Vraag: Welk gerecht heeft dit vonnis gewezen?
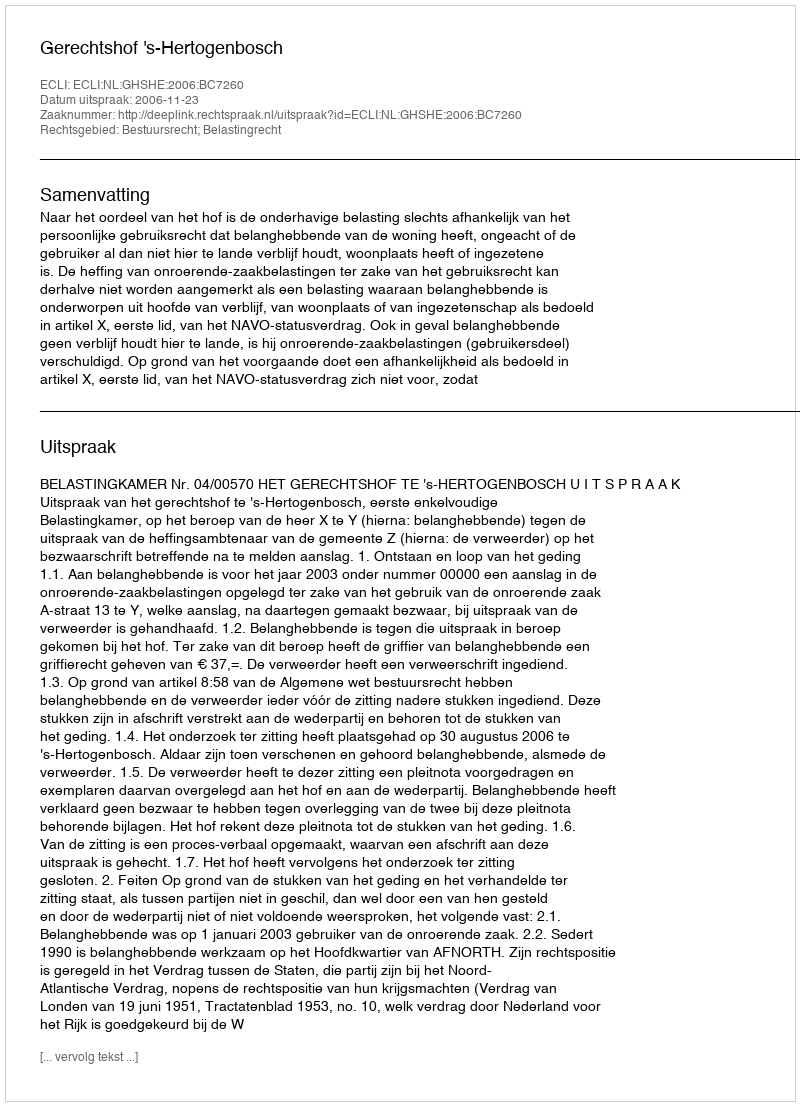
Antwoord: Gerechtshof 's-Hertogenbosch